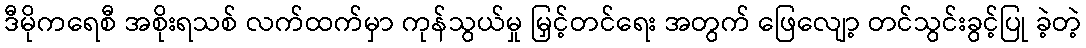
ဒီမိုကရေစီ အစိုးရသစ် လက်ထက်မှာ ကုန်သွယ်မှု မြှင့်တင်ရေး အတွက် ဖြေလျော့ တင်သွင်းခွင့်ပြု ခဲ့တဲ့